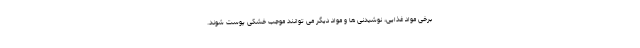
برخی مواد غذایی، نوشیدنی ها و مواد دیگر می توانند موجب خشکی پوست شوند.